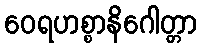
ဝေရဟစ္စာနိဂေါတ္တာ